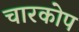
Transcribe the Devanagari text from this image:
चारकोप